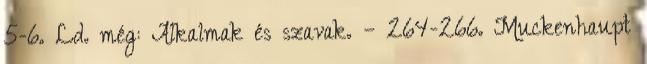
5-6. Ld. még: Alkalmak és szavak. – 264-266. Muckenhaupt